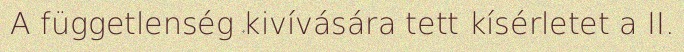
A függetlenség kivívására tett kísérletet a II.